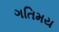
ગતિમય